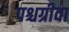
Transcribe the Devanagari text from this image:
पश्चग्रीवा